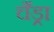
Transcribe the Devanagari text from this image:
चँड्रा